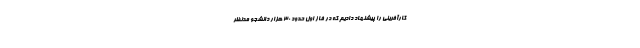
کارآفرینی را پیشنهاد دادیم که در فاز اول حدود ٣٠ هزار دانشجو مدنظر